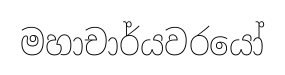
මහාචාර්යවරයෝ